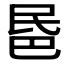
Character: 𣱈